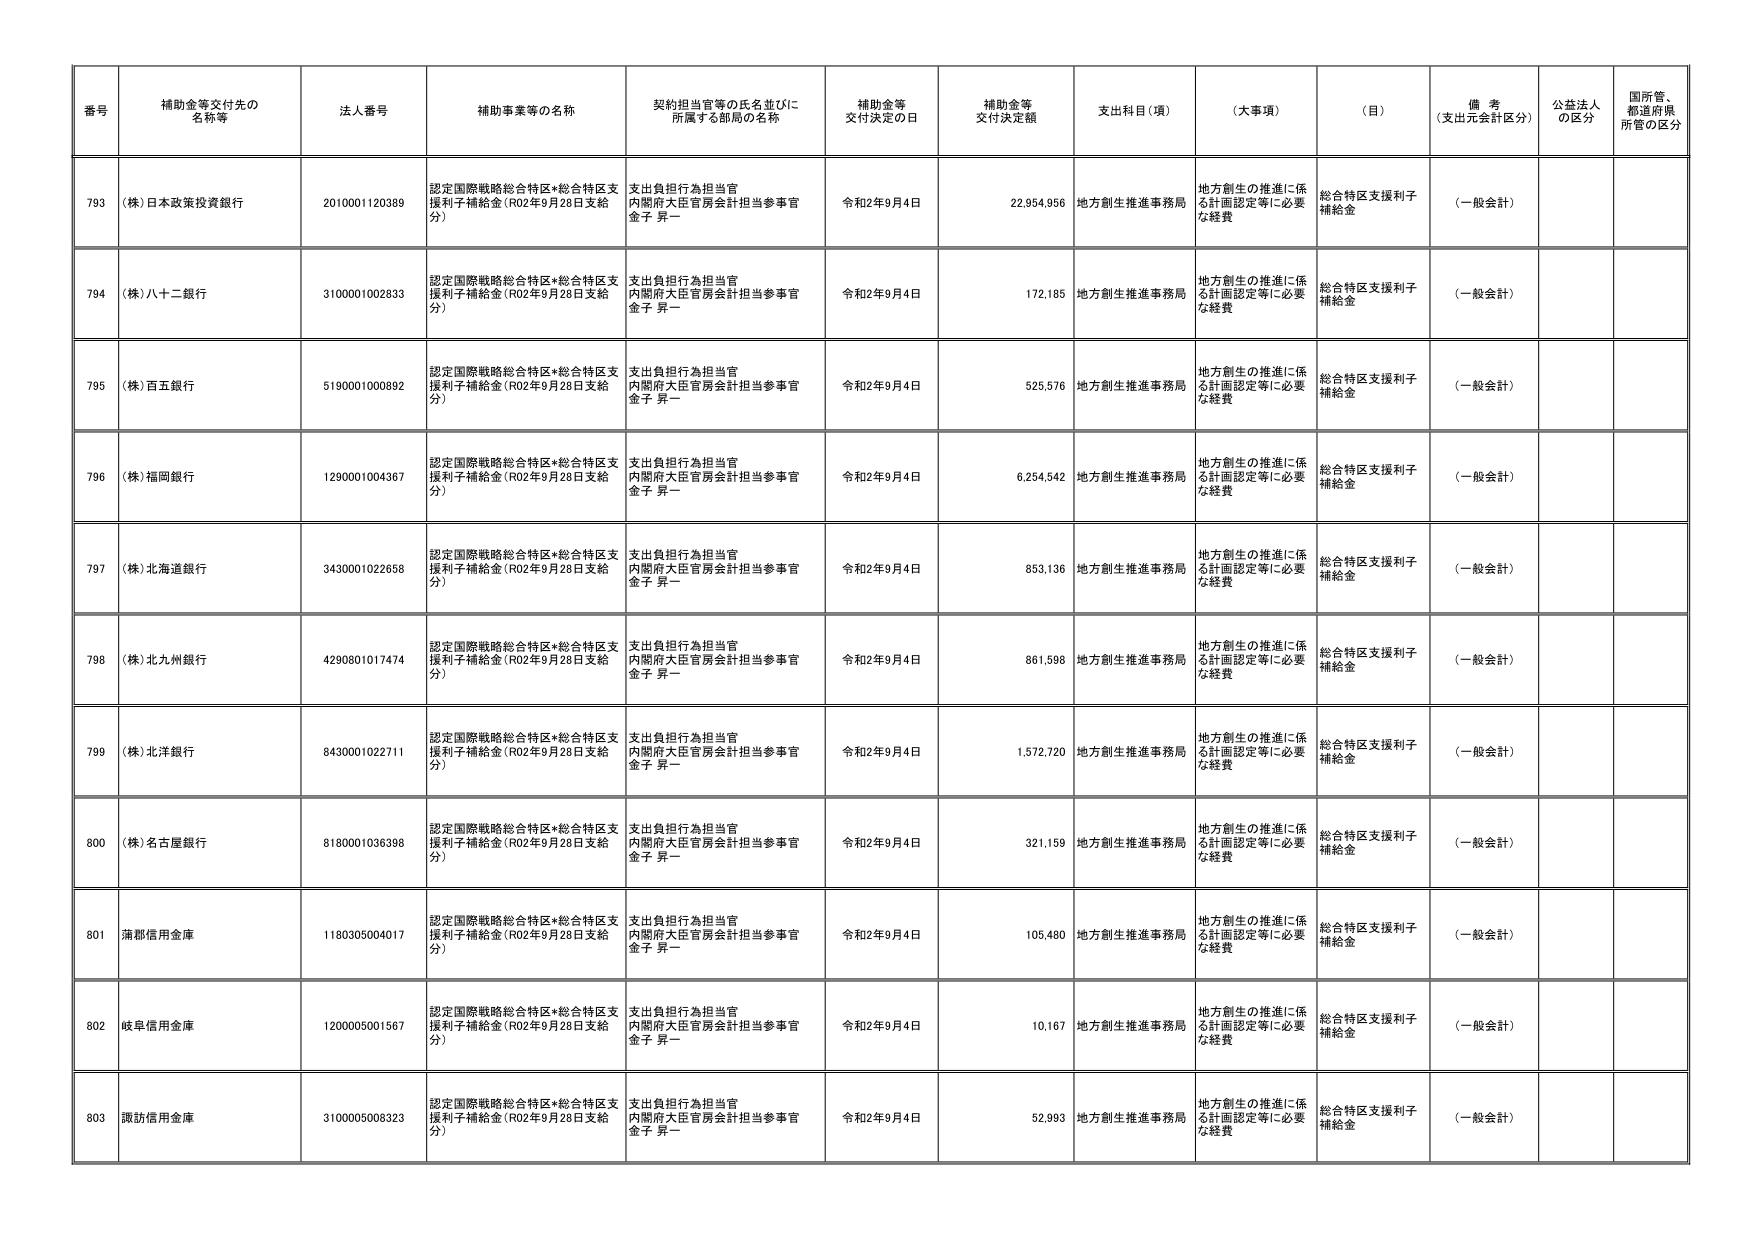
番号 補助金等交付先の名称等 法人番号 補助事業等の名称 契約担当官等の氏名並びに所属する部局の名称 補助金等交付決定の日 補助金等交付決定額 支出科目（項） （大事項） （目） 備考（支出元会計区分） 公益法人の区分 国所管、都道府県所管の区分
793 （株）日本政策投資銀行 2010001120389 認定国際戦略総合特区*総合特区支援利子補給金（R02年9月28日支給分） 支出負担行為担当官 内閣府大臣官房会計担当参事官 金子 昇一 令和2年9月4日 22,954,956 地方創生推進事務局 地方創生の推進に係る計画認定等に必要な経費 総合特区支援利子補給金 （一般会計）
794 （株）八十二銀行 3100001002833 認定国際戦略総合特区*総合特区支援利子補給金（R02年9月28日支給分） 支出負担行為担当官 内閣府大臣官房会計担当参事官 金子 昇一 令和2年9月4日 172,185 地方創生推進事務局 地方創生の推進に係る計画認定等に必要な経費 総合特区支援利子補給金 （一般会計）
795 （株）百五銀行 5190001000892 認定国際戦略総合特区*総合特区支援利子補給金（R02年9月28日支給分） 支出負担行為担当官 内閣府大臣官房会計担当参事官 金子 昇一 令和2年9月4日 525,576 地方創生推進事務局 地方創生の推進に係る計画認定等に必要な経費 総合特区支援利子補給金 （一般会計）
796 （株）福岡銀行 1290001004367 認定国際戦略総合特区*総合特区支援利子補給金（R02年9月28日支給分） 支出負担行為担当官 内閣府大臣官房会計担当参事官 金子 昇一 令和2年9月4日 6,254,542 地方創生推進事務局 地方創生の推進に係る計画認定等に必要な経費 総合特区支援利子補給金 （一般会計）
797 （株）北海道銀行 3430001022658 認定国際戦略総合特区*総合特区支援利子補給金（R02年9月28日支給分） 支出負担行為担当官 内閣府大臣官房会計担当参事官 金子 昇一 令和2年9月4日 853,136 地方創生推進事務局 地方創生の推進に係る計画認定等に必要な経費 総合特区支援利子補給金 （一般会計）
798 （株）北九州銀行 4290801017474 認定国際戦略総合特区*総合特区支援利子補給金（R02年9月28日支給分） 支出負担行為担当官 内閣府大臣官房会計担当参事官 金子 昇一 令和2年9月4日 861,598 地方創生推進事務局 地方創生の推進に係る計画認定等に必要な経費 総合特区支援利子補給金 （一般会計）
799 （株）北洋銀行 8430001022711 認定国際戦略総合特区*総合特区支援利子補給金（R02年9月28日支給分） 支出負担行為担当官 内閣府大臣官房会計担当参事官 金子 昇一 令和2年9月4日 1,572,720 地方創生推進事務局 地方創生の推進に係る計画認定等に必要な経費 総合特区支援利子補給金 （一般会計）
800 （株）名古屋銀行 8180001036398 認定国際戦略総合特区*総合特区支援利子補給金（R02年9月28日支給分） 支出負担行為担当官 内閣府大臣官房会計担当参事官 金子 昇一 令和2年9月4日 321,159 地方創生推進事務局 地方創生の推進に係る計画認定等に必要な経費 総合特区支援利子補給金 （一般会計）
801 薄都信用金庫 1180305004017 認定国際戦略総合特区*総合特区支援利子補給金（R02年9月28日支給分） 支出負担行為担当官 内閣府大臣官房会計担当参事官 金子 昇一 令和2年9月4日 105,480 地方創生推進事務局 地方創生の推進に係る計画認定等に必要な経費 総合特区支援利子補給金 （一般会計）
802 岐阜信用金庫 1200005001567 認定国際戦略総合特区*総合特区支援利子補給金（R02年9月28日支給分） 支出負担行為担当官 内閣府大臣官房会計担当参事官 金子 昇一 令和2年9月4日 10,167 地方創生推進事務局 地方創生の推進に係る計画認定等に必要な経費 総合特区支援利子補給金 （一般会計）
803 諏訪信用金庫 3100005008323 認定国際戦略総合特区*総合特区支援利子補給金（R02年9月28日支給分） 支出負担行為担当官 内閣府大臣官房会計担当参事官 金子 昇一 令和2年9月4日 52,993 地方創生推進事務局 地方創生の推進に係る計画認定等に必要な経費 総合特区支援利子補給金 （一般会計）